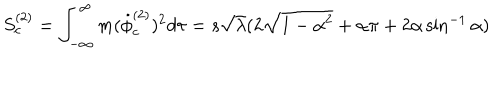
S _ { c } ^ { ( 2 ) } = \int _ { - \infty } ^ { \infty } m ( { \dot { \phi } } _ { c } ^ { ( 2 ) } ) ^ { 2 } d \tau = s \sqrt \lambda ( 2 \sqrt { 1 - \alpha ^ { 2 } } + \alpha \pi + 2 \alpha \sin ^ { - 1 } \alpha )